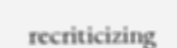
recriticizing